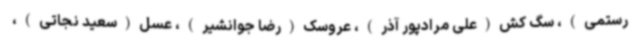
رستمی)، سگ کش(علی مرادپور آذر)، عروسک(رضا جوانشیر)، عسل(سعید نجاتی)،